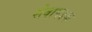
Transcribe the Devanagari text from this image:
सेवापदक